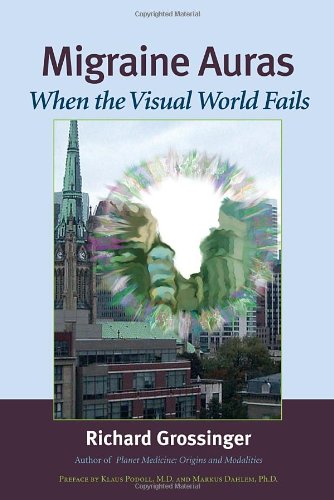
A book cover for Migraine Auras: When the Visual World Fails; Richard Grossinger; Health, Fitness & Dieting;